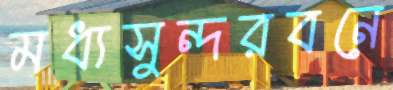
মধ্যসুন্দরবনে